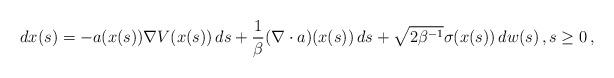
LaTeX: \begin{align*} dx(s) = -a(x(s))\nabla V(x(s))\, ds + \frac{1}{\beta} (\nabla \cdot a)(x(s))\, ds + \sqrt{2\beta^{-1}} \sigma(x(s))\, dw(s)\,, s \ge 0\,, \end{align*}